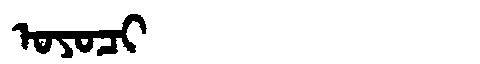
Manchu: ᠣᠶᠣᠴᡳ
Romanization: OYOCI